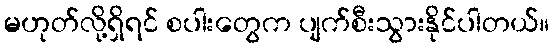
မဟုတ်လို့ရှိရင် စပါးတွေက ပျက်စီးသွားနိုင်ပါတယ်။